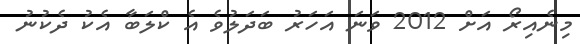
މިނެއިރޯ އަށް 2012 ވަނަ އަހަރު ބަދަލުވެ އެ ކްލަބާ އެކު ދެކުނު